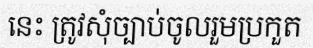
នេះ ត្រូវសុំច្បាប់ចូលរួមប្រកួត